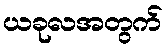
ယခုလအတွက်